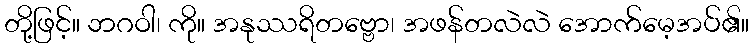
တို့ဖြင့်။ ဘဂဝါ၊ ကို။ အနုဿရိတဗ္ဗော၊ အဖန်တလဲလဲ အောက်မေ့အပ်၏။